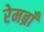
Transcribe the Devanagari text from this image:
रेमब्राँ